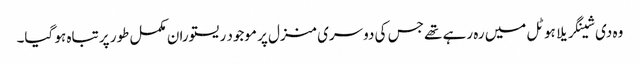
وہ دی شینگریلا ہوٹل میں رہ رہے تھے جس کی دوسری منزل پر موجود ریستوران مکمل طور پر تباہ ہو گیا۔